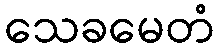
သေခမေတံ